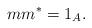
LaTeX: \begin{align*}mm^* = 1_A.\end{align*}